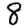
Digit: 8